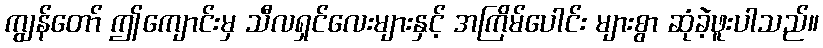
ကျွန်တော် ဤကျောင်းမှ သီလရှင်လေးများနှင့် အကြိမ်ပေါင်း များစွာ ဆုံခဲ့ဖူးပါသည်။